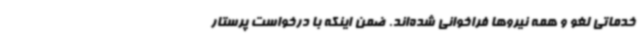
خدماتی لغو و همه نیروها فراخوانی شده‌اند. ضمن اینکه با درخواست پرستار